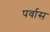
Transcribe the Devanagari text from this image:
पर्वास